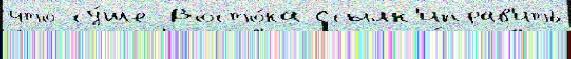
что су́ше Восто́ка Ссылк'иправ'ить